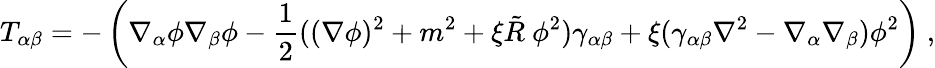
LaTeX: T_{\alpha\beta}=-\left(\nabla_{\alpha}\phi\nabla_{\beta}\phi-\frac 12((\nabla\phi)^{2}+m^{2}+\xi\tilde{R}~\phi^{2})\gamma_{\alpha\beta}+\xi(\gamma_{\alpha\beta}\nabla^{2}-\nabla_{\alpha}\nabla_{\beta})\phi^{2}\right)~,